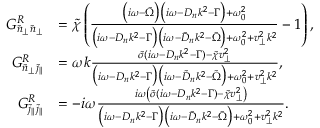
\begin{array} { r l } { G _ { \tilde { n } _ { \perp } \tilde { n } _ { \perp } } ^ { R } } & { = \tilde { \chi } \left( \frac { \big ( i \omega - \tilde { \Omega } \big ) \big ( i \omega - D _ { n } k ^ { 2 } - \Gamma \big ) + \omega _ { 0 } ^ { 2 } } { \big ( i \omega - D _ { n } k ^ { 2 } - \Gamma \big ) \big ( i \omega - \tilde { D } _ { n } k ^ { 2 } - \tilde { \Omega } \big ) + \omega _ { 0 } ^ { 2 } + v _ { \perp } ^ { 2 } k ^ { 2 } } - 1 \right) , } \\ { G _ { \tilde { n } _ { \perp } \tilde { \jmath } _ { \| } } ^ { R } } & { = \omega k \frac { \tilde { \sigma } ( i \omega - D _ { n } k ^ { 2 } - \Gamma ) - \tilde { \chi } v _ { \perp } ^ { 2 } } { \big ( i \omega - D _ { n } k ^ { 2 } - \Gamma \big ) \big ( i \omega - \tilde { D } _ { n } k ^ { 2 } - \tilde { \Omega } \big ) + \omega _ { 0 } ^ { 2 } + v _ { \perp } ^ { 2 } k ^ { 2 } } , } \\ { G _ { \tilde { \jmath } _ { \| } \tilde { \jmath } _ { \| } } ^ { R } } & { = - i \omega \frac { i \omega \left( \tilde { \sigma } ( i \omega - D _ { n } k ^ { 2 } - \Gamma ) - \tilde { \chi } v _ { \perp } ^ { 2 } \right) } { \big ( i \omega - D _ { n } k ^ { 2 } - \Gamma \big ) \big ( i \omega - \tilde { D } _ { n } k ^ { 2 } - \tilde { \Omega } \big ) + \omega _ { 0 } ^ { 2 } + v _ { \perp } ^ { 2 } k ^ { 2 } } . } \end{array}